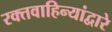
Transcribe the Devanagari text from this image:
रक्तवाहिन्यांद्वारे